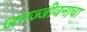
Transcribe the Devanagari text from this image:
जगज्जीवनाचा